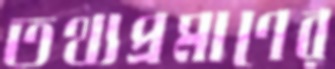
তথ্যপ্রমাণের